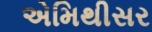
એમિથીસર